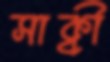
সাক্বী